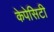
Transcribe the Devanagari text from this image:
केपेसिटी